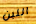
اللبن